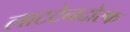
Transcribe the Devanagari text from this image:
लाटटेनदोरफ